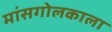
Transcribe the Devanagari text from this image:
मांसगोलकाला